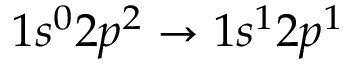
1 s ^ { 0 } 2 p ^ { 2 } \rightarrow 1 s ^ { 1 } 2 p ^ { 1 }